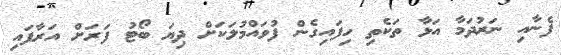
ފެނާއި ނަރުދަމާ އަޅާ ތަކެތި ހިފައިގެން ފުވައްމުލަކަށް ދިޔަ ބޯޓު ފަރަށް އަރާފައި